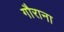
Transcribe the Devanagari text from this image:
गौराना